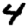
Digit: 4